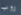
روب